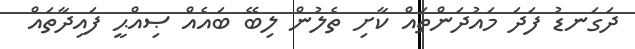
ދަގަނޑު ފަދަ މައުދަންތައް ކާށި ތެލުން ލިބޭ ބައެއް ޞިއްޙީ ފައިދާތައް